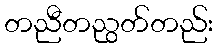
တညီတညွတ်တည်း